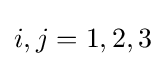
i,j=1,2,3